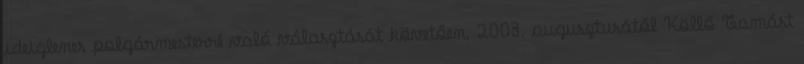
ideiglenes polgármesterré való választását követően, 2003. augusztusától Köllő Tamást